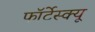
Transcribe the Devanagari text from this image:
फॉर्टेस्क्यू